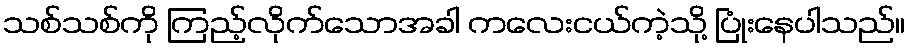
သစ်သစ်ကို ကြည့်လိုက်သောအခါ ကလေးငယ်ကဲ့သို့ ပြုံးနေပါသည်။